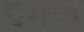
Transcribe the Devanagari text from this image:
एगस